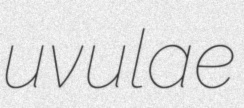
uvulae